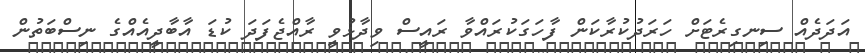
އަދަދެއް ސިނގިރެޓަށް ހަރަދުކުރާކަން ފާހަގަކުރައްވާ ރައީސް ވިދާޅުވީ ރާއްޖެފަދަ ކުޑަ އާބާދީއެއްގެ ނިސްބަތުން